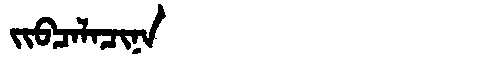
Manchu: ᠵᡳᠪᠴᠠᠯᠠᠴᡳᠨᠠ
Romanization: JIBCALACINA